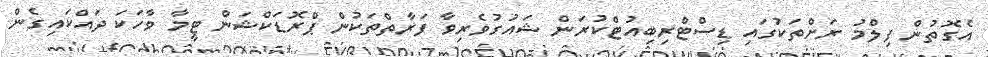
އެގޮތުން ފިލްމު ރަށްތަކުގައި ޑިސްޓްރިބިއުޓްކުރަން ޝައުގުވެރިވާ ފަރާތްތަކުން ޕްރޮޑަކްޝަން ޓީމާ ވާހަކަ ދައްކައިގެން